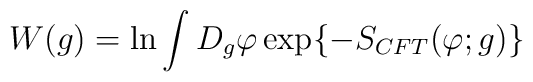
W(g) = \ln \int D_{g}\varphi \exp\{ -S_{CFT}(\varphi;g)\}